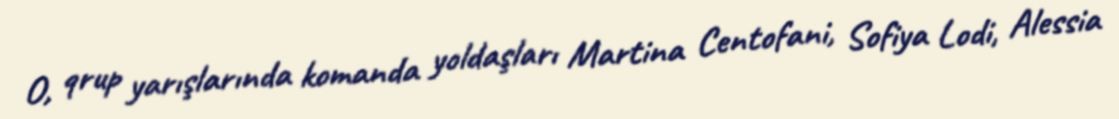
O, qrup yarışlarında komanda yoldaşları Martina Centofani, Sofiya Lodi, Alessia